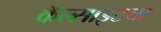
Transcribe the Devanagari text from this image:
कॅल्साइटचा